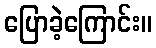
ပြောခဲ့ကြောင်း။